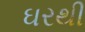
ઘરથી